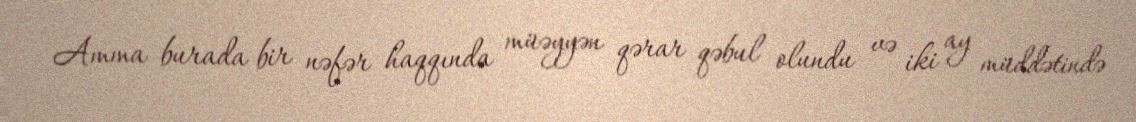
Amma burada bir nəfər haqqında müəyyən qərar qəbul olundu və iki ay müddətində